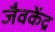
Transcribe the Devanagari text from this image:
जैवकेंद्र